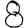
Digit: 8